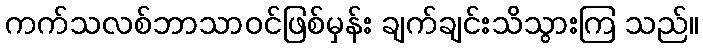
ကက်သလစ်ဘာသာဝင်ဖြစ်မှန်း ချက်ချင်းသိသွားကြ သည်။